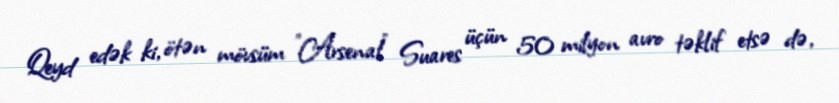
Qeyd edək ki, ötən mövsüm "Arsenal" Suares üçün 50 milyon avro təklif etsə də,